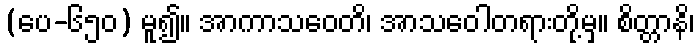
(ပေ-၆၅၀) မူ၍။ အာကာသဝေတိ၊ အာသဝေါတရားတို့မှ။ စိတ္တာနိ၊